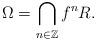
LaTeX: \begin{align*}\Omega=\bigcap_{n\in\mathbb Z}f^nR.\end{align*}